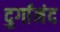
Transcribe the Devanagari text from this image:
दुर्गानंद